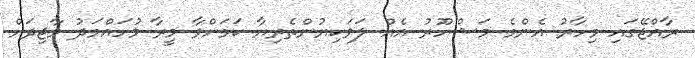
ރާއްޖޭގައި މިހާރު އެންމެ މަޝްހޫރު އެއް ލަވަކިޔުންތެރިޔާ ކަމަށްވާ މީރާ މުހައްމަދު މާޖިދަށް